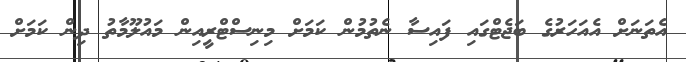
އެތަނަށް އެއަހަރުގެ ބަޖެޓްގައި ފައިސާ ނެތުމުން ކަމަށް މިނިސްޓްރީއިން މައުލޫމާތު ދިން ކަމަށް